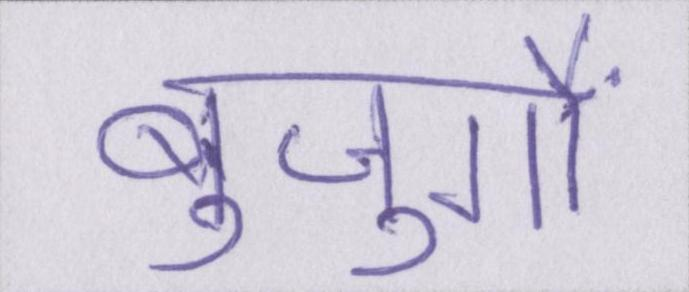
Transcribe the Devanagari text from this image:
बुजुर्गों